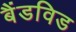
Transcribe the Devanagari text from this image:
बैंडविड